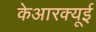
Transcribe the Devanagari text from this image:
केआरक्यूई